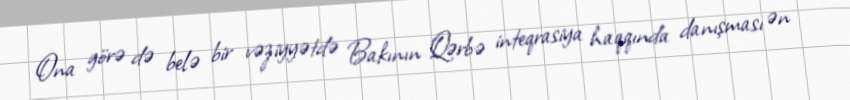
Ona görə də belə bir vəziyyətdə Bakının Qərbə inteqrasiya haqqında danışması ən